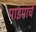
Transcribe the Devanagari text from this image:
पाइपांचे